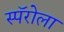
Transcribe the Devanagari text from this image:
स्पॅरोला